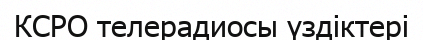
КСРО телерадиосы үздіктері